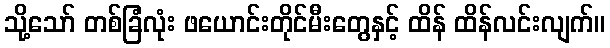
သို့သော် တစ်ခြံလုံး ဖယောင်းတိုင်မီးတွေနှင့် ထိန် ထိန်လင်းလျက်။